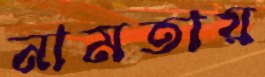
নামতায়